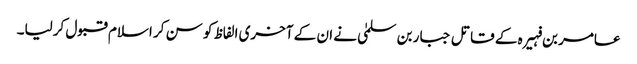
عامر بن فہیرہ کے قاتل جبار بن سلمیٰ نے ان کے آخری الفاظ کو سن کر اسلام قبول کرلیا۔